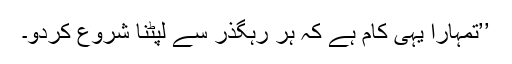
’’تمہارا یہی کام ہے کہ ہر رہگذر سے لپٹنا شروع کردو۔